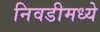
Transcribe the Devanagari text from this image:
निवडीमध्ये